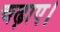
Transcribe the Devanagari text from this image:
चढ़ाए।